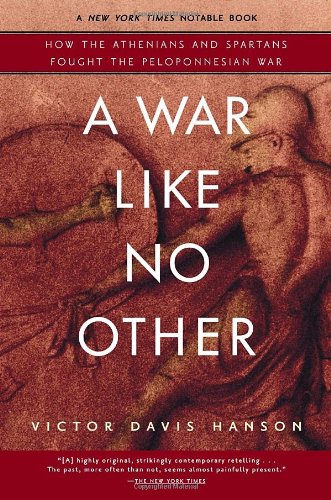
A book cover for A War Like No Other: How the Athenians and Spartans Fought the Peloponnesian War; Victor Hanson; History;